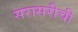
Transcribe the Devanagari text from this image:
सरासरीची